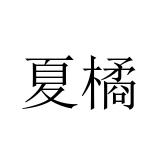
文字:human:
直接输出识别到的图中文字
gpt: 夏橘